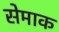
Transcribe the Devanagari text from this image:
सेमाक